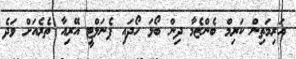
އަރިމަތިން ކަރިމް ބެންޒެމާ ދިން ބޯޅަ ހޯދައި ޕެނަލްޓީ އޭރިއާ ތެރެއަށް ވަދެ